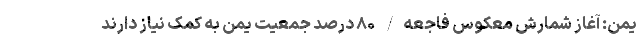
یمن: آغاز شمارش معکوس فاجعه/ ۸۰ درصد جمعیت یمن به کمک نیاز دارند